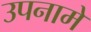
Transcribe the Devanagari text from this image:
उपनामे